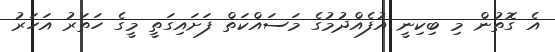
އެ ގޮތުން މި ބިކިނީ އުފެއްދުމުގެ މަސައްކަތް ފަށައިގަތީ މީގެ ހަތަރު އަހަރު